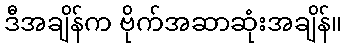
ဒီအချိန်က ဗိုက်အဆာဆုံးအချိန်။